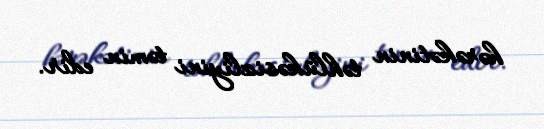
hərəkətinin təhlükəsizliyini təmin edir.